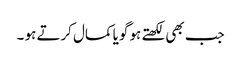
جب بھی لکھتے ہو گویا کمال کرتے ہو ۔